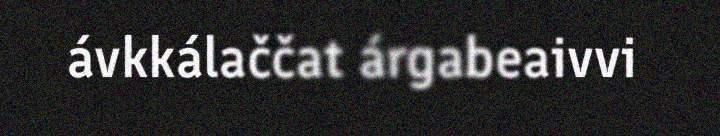
ávkkálaččat árgabeaivvi